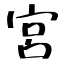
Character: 宮